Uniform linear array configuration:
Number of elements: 8
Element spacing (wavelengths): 0.25
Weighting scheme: blackman
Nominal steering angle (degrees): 45
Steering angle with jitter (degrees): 46.242
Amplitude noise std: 0.05
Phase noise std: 0.05

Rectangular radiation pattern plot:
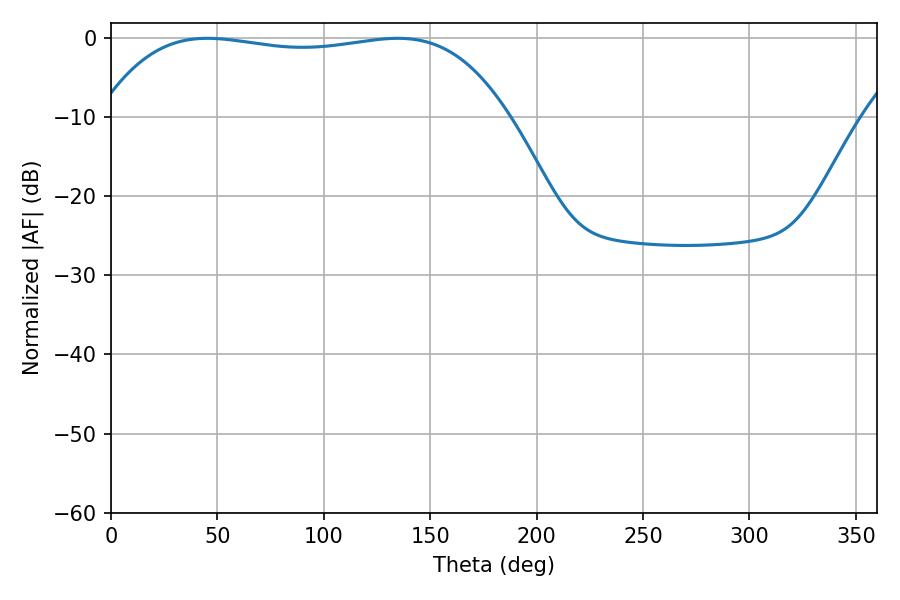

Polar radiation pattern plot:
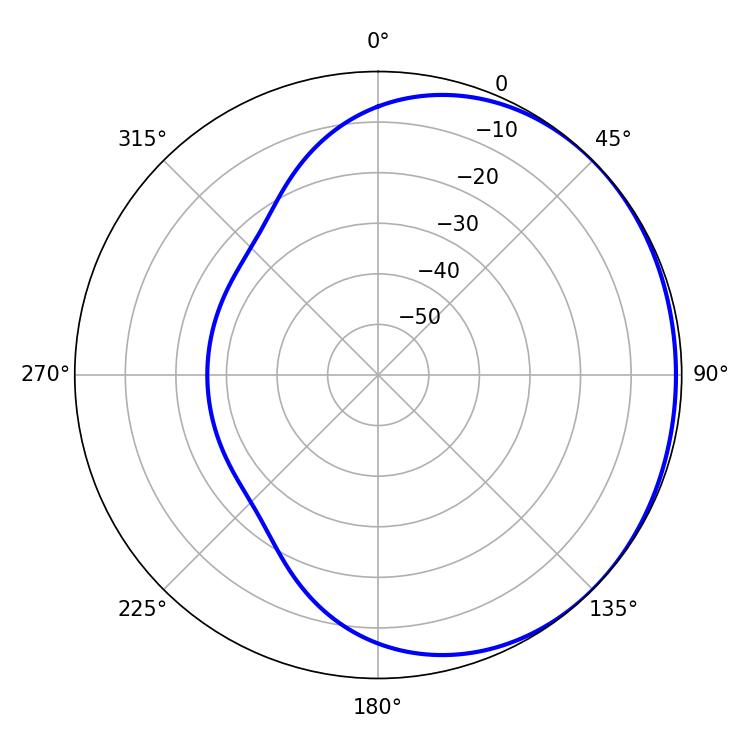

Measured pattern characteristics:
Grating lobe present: FALSE
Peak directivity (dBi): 0.7261
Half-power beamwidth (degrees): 152.28
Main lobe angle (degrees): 45.36